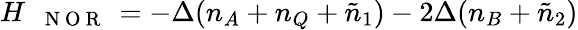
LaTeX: \begin{array}{r}{H_{\mathrm{~\texttt~{~N~O~R~}~}}=-\Delta(n_{A}+n_{Q}+\tilde{n}_{1})-2\Delta(n_{B}+\tilde{n}_{2})}\end{array}